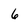
Character: 6